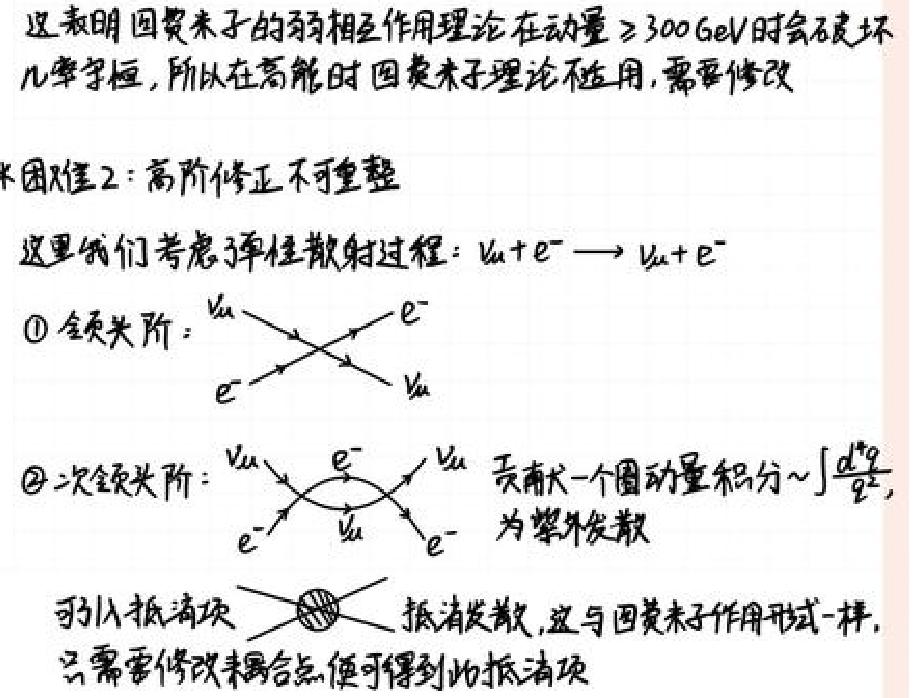
这表明因费米子的弱相互作用理论在动量≥300GeV时会破坏几率守恒，所以在高能时因费米子理论不适用，需要修改
*困难2：高阶修正不可重整
这里我们考虑了弹性散射过程：$\nu_{\mu}+e^{-}\longrightarrow\nu_{\mu}+e^{-}$
$\textcircled{1}$领头阶：
$\begin{matrix}\nu_{\mu}&\searrow&e^{-}\\e^{-}&\swarrow&\nu_{\mu}\end{matrix}$
$\textcircled{2}$次领头阶：
$\begin{matrix}\nu_{\mu}&\searrow&e^{-}&\searrow&\nu_{\mu}\\e^{-}&\swarrow&\nu_{\mu}&\swarrow&e^{-}\end{matrix}$贡献一个圈动量积分～$\int\frac{d^{4}q}{q^{2}}$，为紫外发散
可以抵消项 抵消发散，这与因费米子作用形式一样，只需要修改耦合点便可得到此抵消项